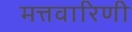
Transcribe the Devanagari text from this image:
मत्तवारिणी